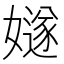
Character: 嬘